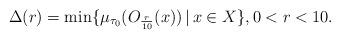
LaTeX: \begin{align*}\Delta(r) = \min \{ \mu_{\tau_0}(O_{\frac{r}{10}}(x)) \,\vert\, x \in X\},0 < r < 10.\end{align*}